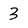
Character: 3